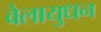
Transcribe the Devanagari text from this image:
वेलायुधन